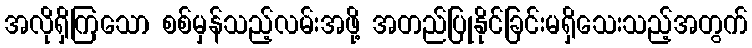
အလိုရှိကြသော စစ်မှန်သည့်လမ်းအဖို့ အတည်ပြုနိုင်ခြင်းမရှိသေးသည့်အတွက်